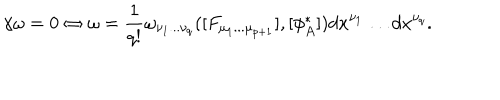
\gamma \omega = 0 \Leftrightarrow \omega = \frac { 1 } { q ! } \omega _ { \nu _ { 1 } . . . \nu _ { q } } ( [ F _ { \mu _ { 1 } . . . \mu _ { p + 1 } } ] , [ \phi _ { A } ^ { * } ] ) d x ^ { \nu _ { 1 } } \dots d x ^ { \nu _ { q } } .